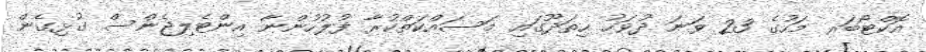
އޮކްޓޯބަރ މަހުގެ 23 ވަނަ ދުވަހު ހިތަދޫގައި މަސައްކަތްކުރާ ފުލުހުންނާ އިންޓެލިޖެންސް ގުޅިގެން